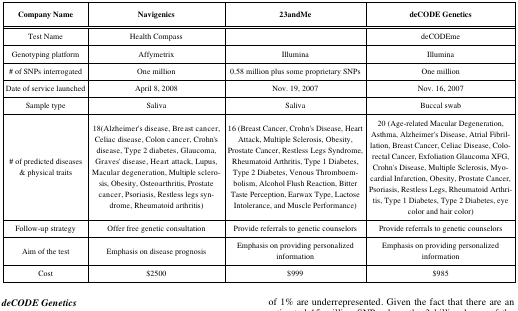
| Company Name | Navigenics | 23andMe | deCODE Genetics |
 | --- | --- | --- | --- |
 | Test Name | Health Compass |  | deCODEme |
 | Genotyping platform | Affymetrix | Illumina | Illumina |
 | # of SNPs interrogated | One million | 0.58 million plus some proprietary SNPs | One million |
 | Date of service launched | April 8, 2008 | Nov. 19, 2007 | Nov. 16, 2007 |
 | Sample type | Saliva | Saliva | Buccal swab |
 | # of predicted diseases & physical traits | 18(Alzheimer's disease, Breast cancer, Celiac disease, Colon cancer, Crohn's disease, Type 2 diabetes, Glaucoma, Graves' disease, Heart attack, Lupus, Macular degeneration, Multiple sclerosis, Obesity, Osteoarthritis, Prostate cancer, Psoriasis, Restless legs syndrome, Rheumatoid arthritis) | 16 (Breast Cancer, Crohn's Disease, Heart Attack, Multiple Sclerosis, Obesity, Prostate Cancer, Restless Legs Syndrome, Rheumatoid Arthritis, Type 1 Diabetes, Type 2 Diabetes, Venous Thromboembolism, Alcohol Flush Reaction, Bitter Taste Perception, Earwax Type, Lactose Intolerance, and Muscle Performance) | 20 (Age-related Macular Degeneration, Asthma, Alzheimer's Disease, Atrial Fibrillation, Breast Cancer, Celiac Disease, Colorectal Cancer, Exfoliation Glaucoma XFG, Crohn's Disease, Multiple Sclerosis, Myocardial Infarction, Obesity, Prostate Cancer, Psoriasis, Restless Legs, Rheumatoid Arthritis, Type 1 Diabetes, Type 2 Diabetes, eye color and hair color) |
 | Follow-up strategy | Offer free genetic consultation | Provide referrals to genetic counselors | Provide referrals to genetic counselors |
 | Aim of the test | Emphasis on disease prognosis | Emphasis on providing personalized information | Emphasis on providing personalized information |
 | Cost | $2500 | $999 | $985 |